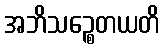
အဘိသဉ္စေတယတိ